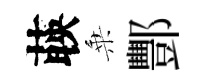
𦴤乗酆